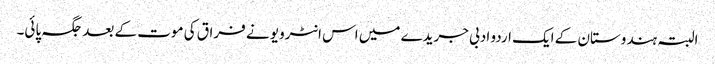
البتہ ہندوستان کے ایک اردو ادبی جریدے میں اس انٹرویو نے فراق کی موت کے بعد جگہ پائی۔